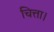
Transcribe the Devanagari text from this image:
चित्ता।